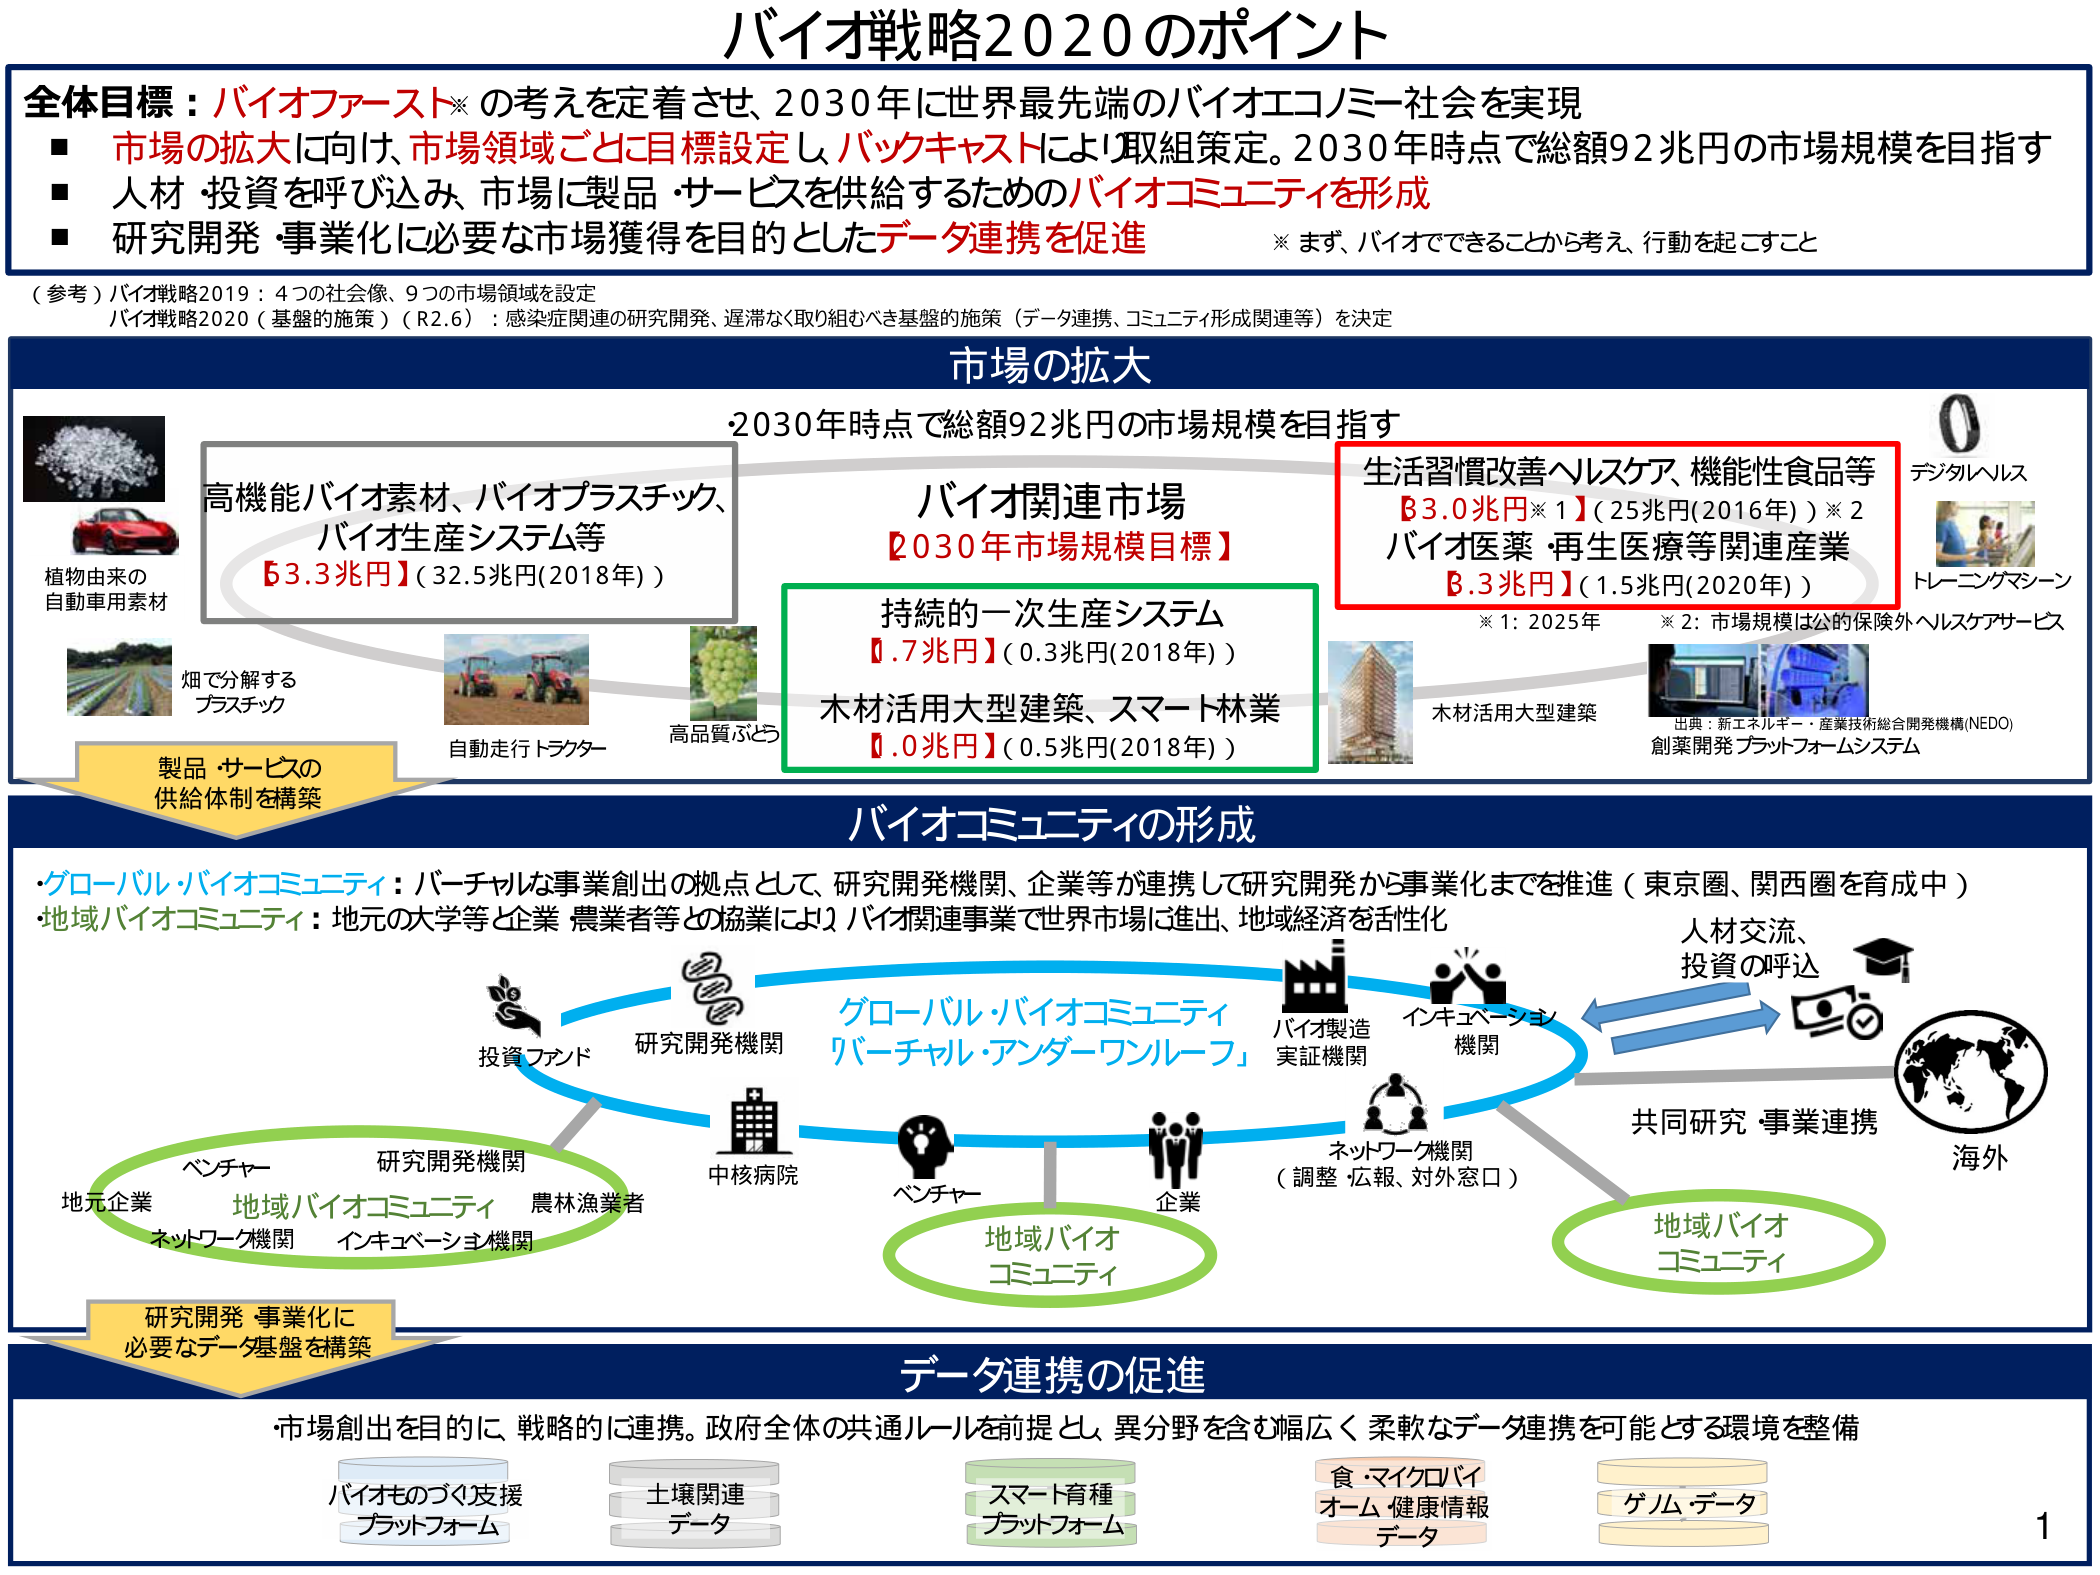
バイオ戦略2020のポイント

全体目標：バイオファースト※の考えを定着させ、2030年に世界最先端のバイオエコノミー社会を実現
■ 市場の拡大に向け、市場領域ごとに目標設定し、バックキャストにより取組策定。2030年時点で総額92兆円の市場規模を目指す
■ 人材・投資を呼び込み、市場に製品・サービスを供給するためのバイオコミュニティを形成
■ 研究開発・事業化に必要な市場獲得を目的としたデータ連携を促進
※ まず、バイオでできることから考え、行動を起こすこと

（参考）バイオ戦略2019：4つの社会像、9つの市場領域を設定
バイオ戦略2020（基盤的施策）（R2.6）：感染症関連の研究開発、遅滞なく取り組むべき基盤的施策（データ連携、コミュニティ形成関連等）を決定

市場の拡大
・2030年時点で総額92兆円の市場規模を目指す

高機能バイオ素材、バイオプラスチック、
バイオ生産システム等
【3.3兆円】（32.5兆円(2018年)）

植物由来の
自動車用素材

畑で分解する
プラスチック

自動走行トラクター

高品質ぶどう

バイオ関連市場
【2030年市場規模目標】

生活習慣改善ヘルスケア、機能性食品等
【3.0兆円※1】（25兆円(2016年)）※2
バイオ医薬・再生医療等関連産業
【3.3兆円】（1.5兆円(2020年)）

※1：2025年
※2：市場規模は公的保険外ヘルスケアサービス

持続的・一次生産システム
【0.7兆円】（0.3兆円(2018年)）

木材活用大型建築、スマート林業
【0.0兆円】（0.5兆円(2018年)）

木材活用大型建築

出典：新エネルギー・産業技術総合開発機構(NEDO)
創薬開発プラットフォームシステム

デジタルヘルス
トレーニングマシーン

製品・サービスの
供給体制を構築

バイオコミュニティの形成

・グローバル・バイオコミュニティ：バーチャルな事業創出の拠点として、研究開発機関、企業等が連携して研究開発から事業化までを推進（東京圏、関西圏を育成中）
・地域バイオコミュニティ：地元の大学等と企業、農業者等との協業により、バイオ関連事業で世界市場に進出、地域経済を活性化

投資ファンド
研究開発機関
ベンチャー
地元企業
ネットワーク機関
インキュベーション機関
農林漁業者

地域バイオコミュニティ

中核病院
ベンチャー
企業

グローバル・バイオコミュニティ
「バーチャル・アンダーワンルーフ」

バイオ製造
実証機関
インキュベーション
機関
ネットワーク機関
（調整・広報、対外窓口）

人材交流、
投資の呼び込み

共同研究・事業連携

海外

地域バイオ
コミュニティ

研究開発・事業化に
必要なデータ基盤を構築

データ連携の促進

・市場創出を目的に、戦略的に連携。政府全体の共通ルールを前提とし、異分野を含む幅広く柔軟なデータ連携を可能とする環境を整備

バイオものづくり支援
プラットフォーム

土壌関連
データ

スマート育種
プラットフォーム

食・マイクロバイ
オーム・健康情報
データ

ゲノムデータ

1